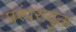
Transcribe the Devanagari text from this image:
परंपरायुक्त